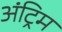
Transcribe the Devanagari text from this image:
अंट्रिम